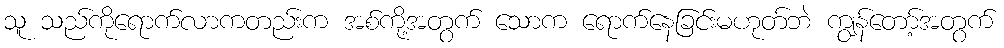
သူ သည်ကိုရောက်လာကတည်းက အစ်ကို့အတွက် သောက ရောက်နေခြင်းမဟုတ်ဘဲ ကျွန်တော့်အတွက်